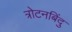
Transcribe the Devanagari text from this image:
त्रोटनबिंदु